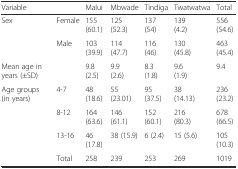
<table><thead><tr><td colspan="2"><b>Variable</b></td><td><b>Malui</b></td><td><b>Mbwade</b></td><td><b>Tindiga</b></td><td><b>Twatwatwa</b></td><td><b>Total</b></td></tr></thead><tbody><tr><td rowspan="2">Sex</td><td>Female</td><td>155 (60.1)</td><td>125 (52.3)</td><td>137 (54)</td><td>139 (4.2)</td><td>556 (54.6)</td></tr><tr><td>Male</td><td>103 (39.9)</td><td>114 (47.7)</td><td>116 (46)</td><td>130 (45.8)</td><td>463 (45.4)</td></tr><tr><td>Mean age in years (±SD)</td><td></td><td>9.8 (2.5)</td><td>9.9 (2.6)</td><td>8.3 (1.8)</td><td>9.6 (1.9)</td><td>9.4</td></tr><tr><td rowspan="3">Age groups (in years)</td><td>4-7</td><td>48 (18.6)</td><td>55 (23.01)</td><td>95 (37.5)</td><td>38 (14.13)</td><td>236 (23.2)</td></tr><tr><td>8-12</td><td>164 (63.6)</td><td>146 (61.1)</td><td>152 (60.1)</td><td>216 (80.3)</td><td>678 (66.5)</td></tr><tr><td>13-16</td><td>46 (17.8)</td><td>38 (15.9)</td><td>6 (2.4)</td><td>15 (5.6)</td><td>105 (10.3)</td></tr><tr><td></td><td>Total</td><td>258</td><td>239</td><td>253</td><td>269</td><td>1019</td></tr></tbody></table>